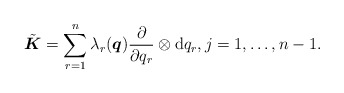
\begin{align*}\tilde{\boldsymbol{K}}=\sum_{r=1}^n \lambda_r(\boldsymbol{q}) \frac{\partial}{\partial q_r}\otimes \mathrm{d} q_r, j=1,\ldots,n-1 .\end{align*}